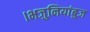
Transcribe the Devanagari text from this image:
।भजुनियांबुज